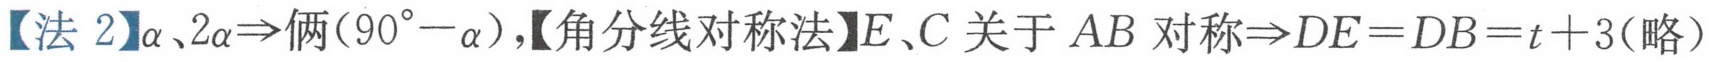
【法 2】\(\alpha、2\alpha\Rightarrow\)俩\((90^{\circ}-\alpha)\)，【角分线对称法】\(E、C\) 关于 \(AB\) 对称\(\Rightarrow DE = DB = t + 3\)(略)